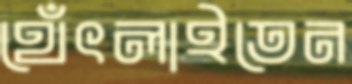
থেঁৎলাইতেন